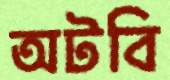
অটবি